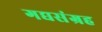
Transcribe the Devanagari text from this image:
गद्यसंग्रह